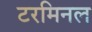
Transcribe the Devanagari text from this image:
टरमिनल